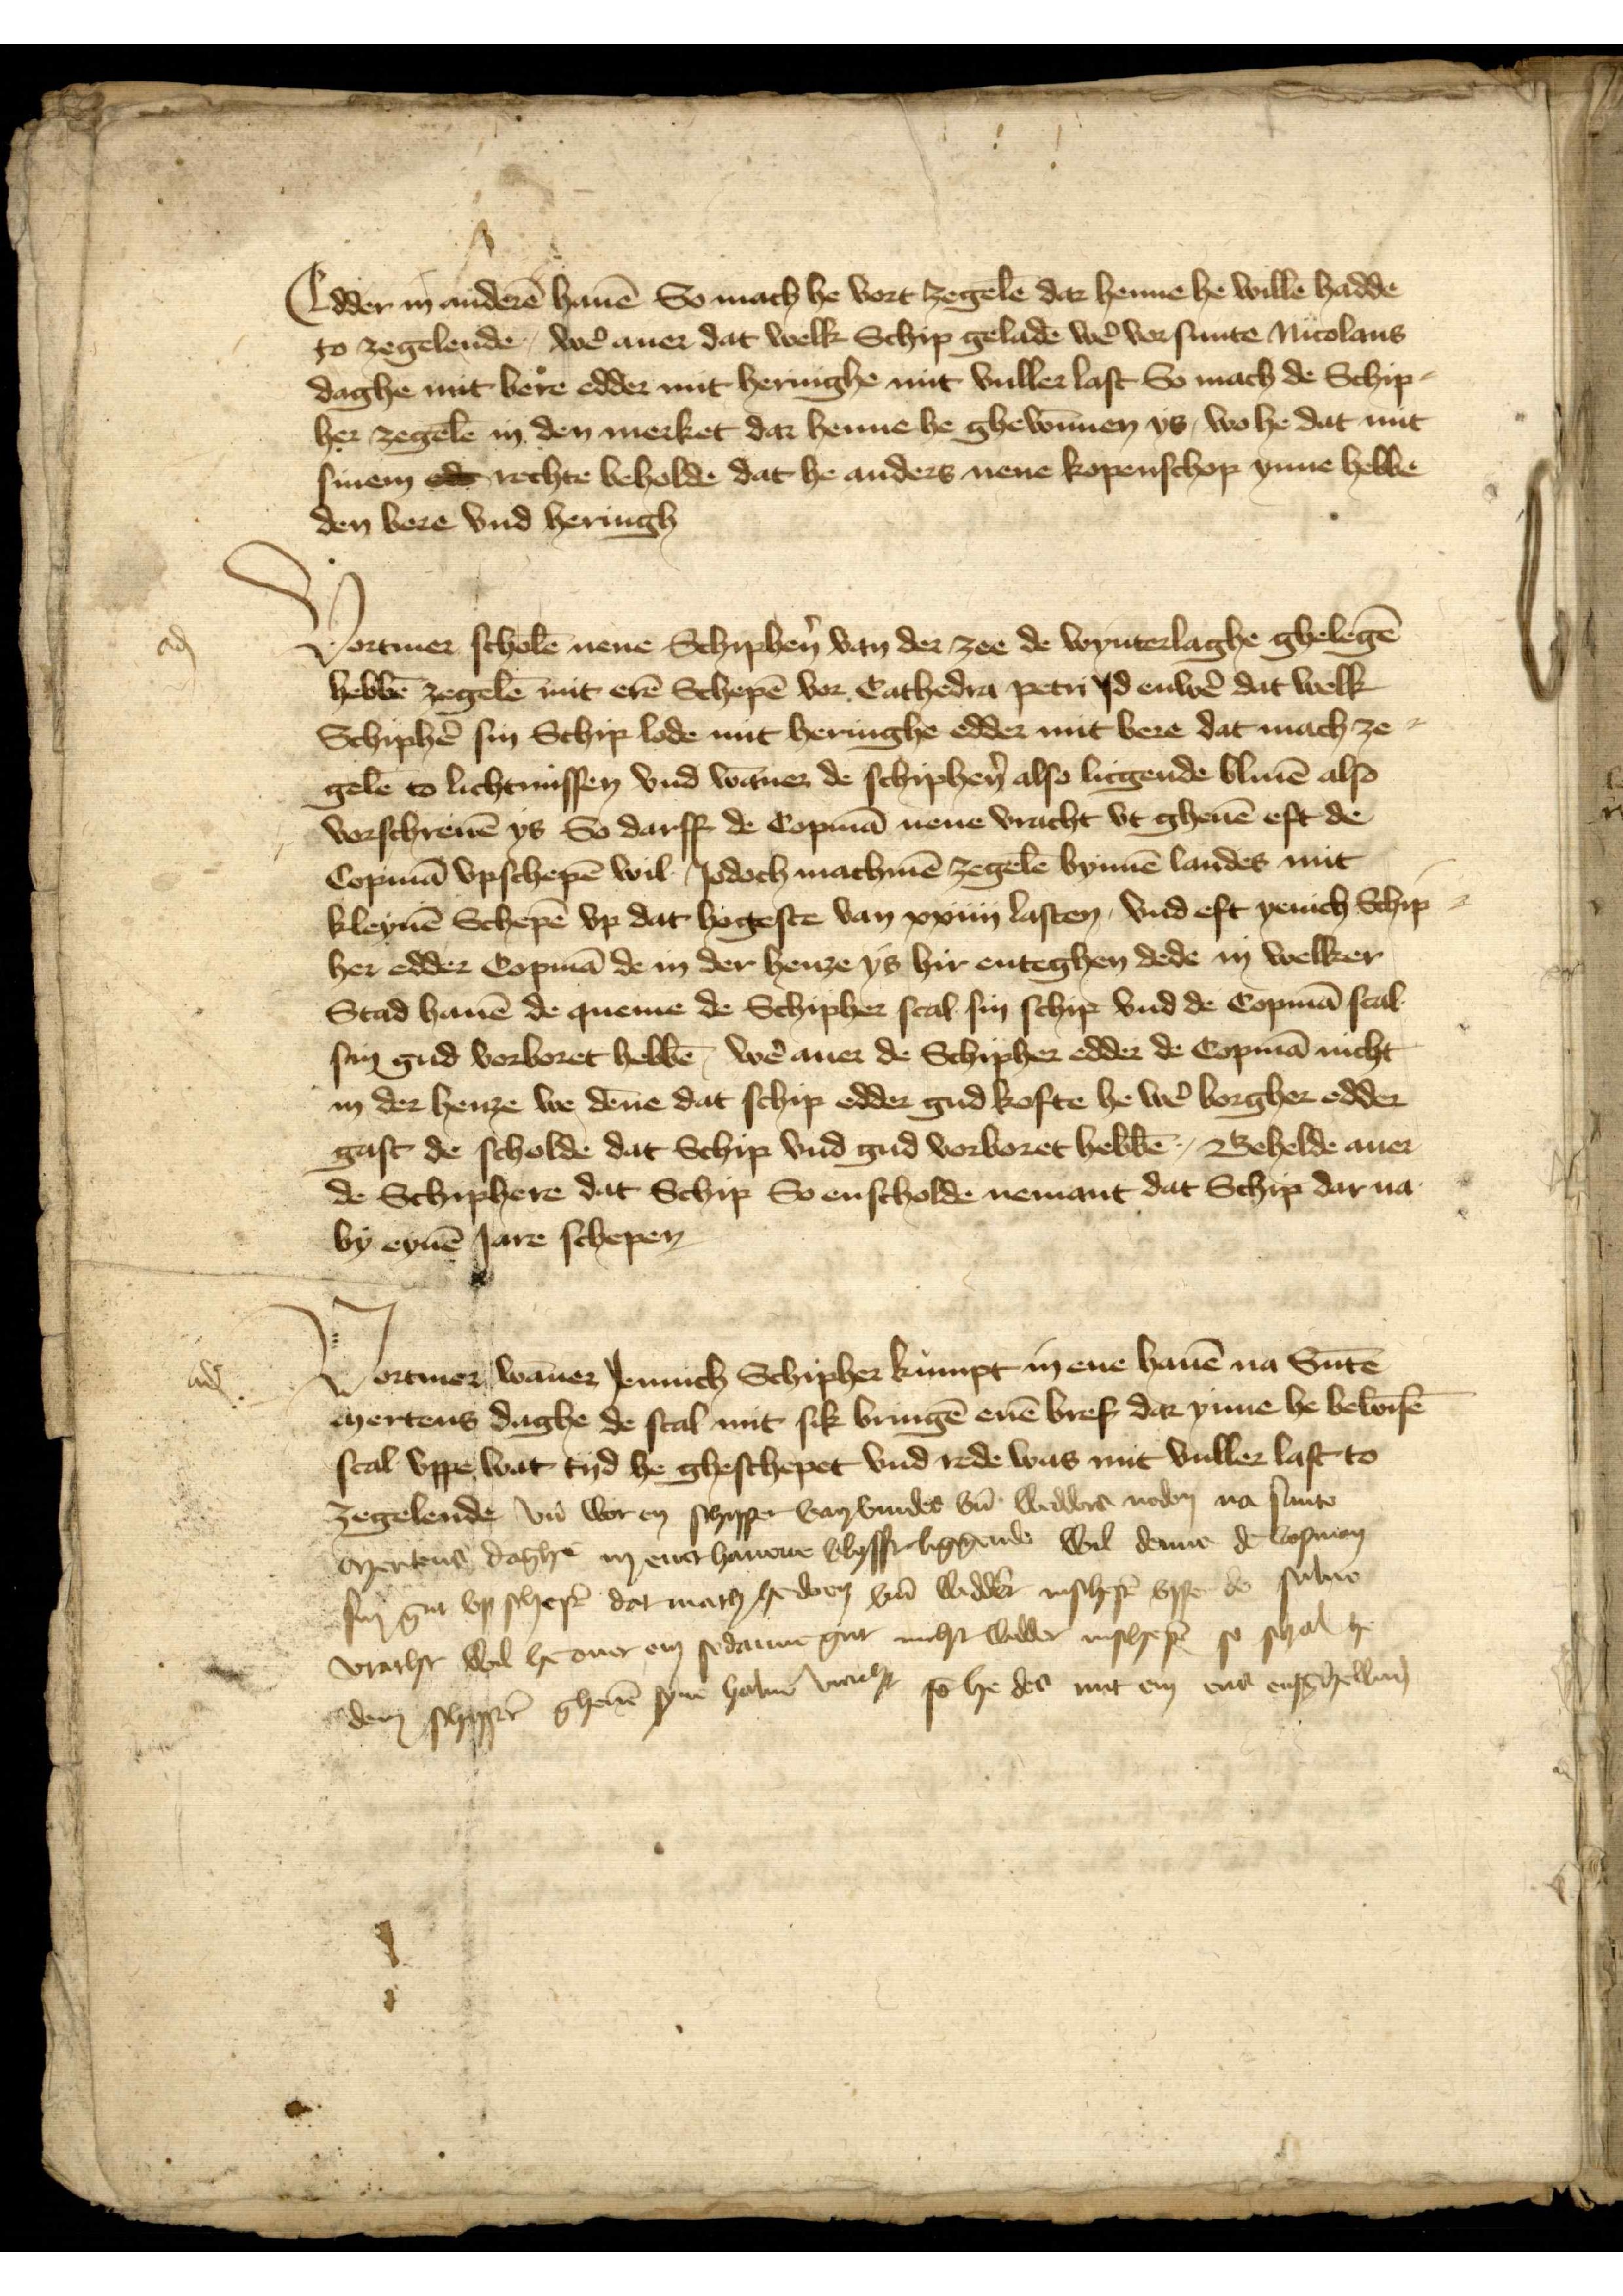
Edder manderē hauē So mach he vort zegelē dar henne de willen hadde
to zegelende, wẻ auer dat welk Schip geladē wẻ vorsunte Nicolaus
daghe mit bere edder mit heringhe mit vuller last so mach de Schip¬
her zegelē in den merket dar henne he ghewūnen ys, wo he dat mit
sinem ed rechte beholde dat he anders nene kopenschop ynne hebbe
den vere vnd heringh

Vortmer scholē nene Schiphẻn van der zee de wynterlaghe ghelegē
hebbē zegelē mit erē Schepē vor Cathedra petri Jd enwẻ dat welk
Schiphẻ sin Schip lede mit heringhe edder mit bere dat mach ze¬
gelē to lichtnissen vnd wāner de schiphẻn also licgende bliuē also
vorschreuē ys So darff de Copmā nene vracht vt gheuē efft de
Copmā vpschepē wil Jodoch machmē zegelē bynnē landes mit
kleynē Schepe vp dat hogeste van xxiiij lasten, vnd eft yenich Schip¬
her edder Copmā de in der henze ys hir enteghen dede in welker
Stad hauē de queme de Schipher scal sin schip vnd de Copmā scal
sin gud vorboret hebbē, wẻ auer de Schipher edder de Copmā nicht
in der henze we dēne dat schip edder gud kofte he wẻ borgher edder
gast de scholde dat Schip vnd gud vorboret hebbē, Behelde auer
de Schiphere dat Schip So enscholde nemant dat Schip dar na
by eynē Jare schepen

Vortmer wāner Jennich Schipher kumpt in ene hauē na Sūte
mertens daghe de scal mit sik bringē enē breff dar ynne he bewisē
scal vppe wat tyd he gheschepet vnd rede was mit vuller last to
zegelende vnd wor en Schipper van vndes vn̄ wedders noden na sunte
mertens daghe in ener hauene blyfft liggende wil denne de Copman
in gut vp schepē dat mach he doen vn̄ wedder inschepē vppe de sulue
vracht wol he ouer en sodanne gut nicht wedder inschepē so schal he
dem schippr̉ gheuē syne haluen vracht so he den mit em end enschellen